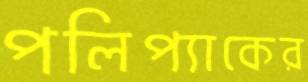
পলিপ্যাকের